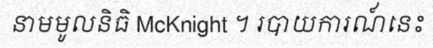
នាមមូលនិធិ McKnight ។ របាយការណ៍នេះ